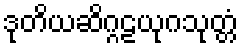
ဒုတိယဆိဂ္ဂဠယုဂသုတ္တံ